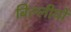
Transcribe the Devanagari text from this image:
बिल्लीयों